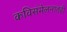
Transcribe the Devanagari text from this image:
कविसंमेलनातही